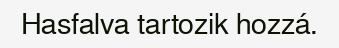
Hasfalva tartozik hozzá.